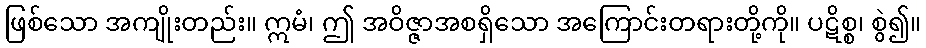
ဖြစ်သော အကျိုးတည်း။ ဣမံ၊ ဤ အဝိဇ္ဇာအစရှိသော အကြောင်းတရားတို့ကို။ ပဋိစ္စ၊ စွဲ၍။